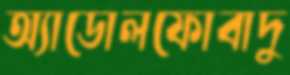
অ্যাডোলফোবাদু